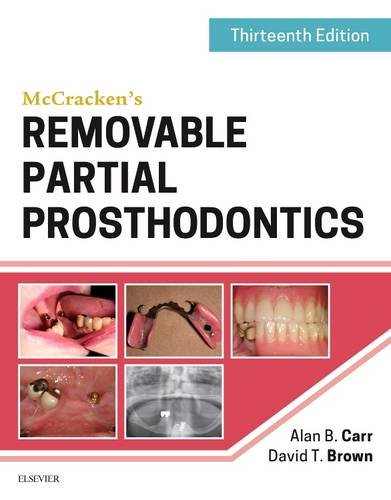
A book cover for McCracken's Removable Partial Prosthodontics, 13e; Alan B. Carr DMD  MS; Medical Books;